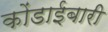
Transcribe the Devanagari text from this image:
कोंडाईबारी